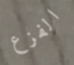
الفزع